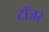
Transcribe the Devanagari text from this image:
टॉजर